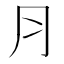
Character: ⺼